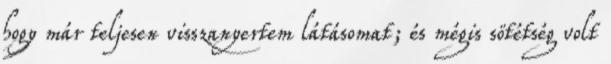
hogy már teljesen visszanyertem látásomat; és mégis sötétség volt